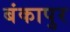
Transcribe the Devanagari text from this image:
बंकापुर